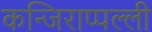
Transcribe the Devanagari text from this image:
कन्जिराप्पल्ली